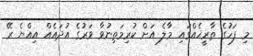
މި ފަހުގެ ތާރީޚެއްގައި މާލެ އަށް ކުރިމަތިނުވާ ވަރުގެ އުދައެއް އިއްޔެ ރޭ